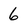
Character: 6